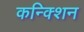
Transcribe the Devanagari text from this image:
कन्क्शिन